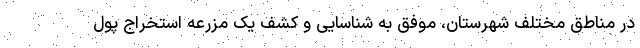
در مناطق مختلف شهرستان، موفق به شناسایی و کشف یک مزرعه استخراج پول